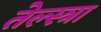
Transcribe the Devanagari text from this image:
तेल्स्त्रा